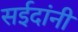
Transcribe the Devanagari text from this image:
सईदांनी